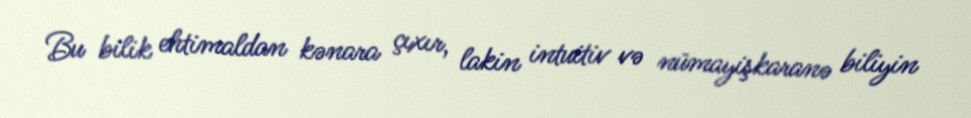
Bu bilik ehtimaldan kənara çıxır, lakin intuitiv və nümayişkaranə biliyin